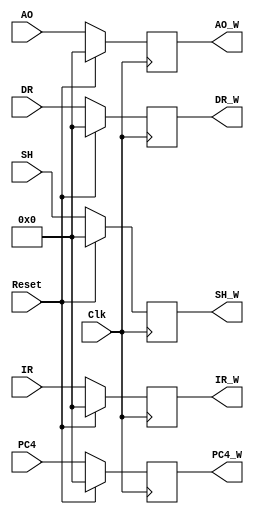
`timescale 1ns / 1ps
//////////////////////////////////////////////////////////////////////////////////
// Company: 
// Engineer: 
// 
// Design Name: 
// Module Name:    W_Reg 
// Project Name: 
// Target Devices: 
// Tool versions: 
// Description: 
//
// Dependencies: 
//
// Revision: 
// Revision 0.01 - File Created
// Additional Comments: 
//
//////////////////////////////////////////////////////////////////////////////////
module W_Reg(
    input [31:0] IR,
    input [31:0] PC4,
    input [31:0] AO,
    input [31:0] DR,
    input [31:0] SH,
    output [31:0] IR_W,
    output [31:0] PC4_W,
    output [31:0] AO_W,
    output [31:0] DR_W,
    output [31:0] SH_W,
    input Clk,
	input Reset
    );

	reg [31:0] _IR, _PC4, _AO, _DR, _SH;
	assign IR_W = _IR;
	assign PC4_W = _PC4;
	assign AO_W = _AO;
	assign DR_W = _DR;
	assign SH_W = _SH;
	
	always @ (posedge Clk)begin
		if (Reset)begin
			_DR <= 0;
			_IR <= 0;
			_PC4 <= 0;
			_AO <= 0;
			_SH <= 0;
		end
		else begin
			_DR <= DR;
			_IR <= IR;
			_PC4 <= PC4;
			_AO <= AO;
			_SH <= SH;
		end
	end
endmodule